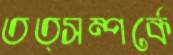
তত্সম্পর্কে